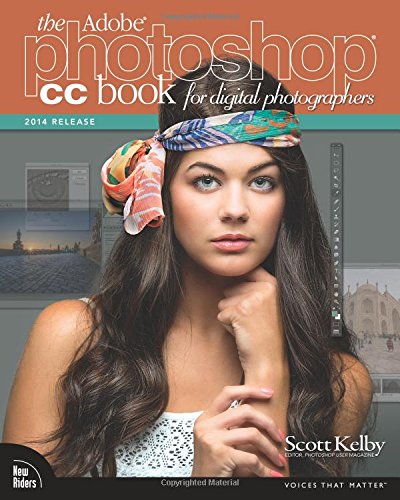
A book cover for The Adobe Photoshop CC Book for Digital Photographers (2014 release) (Voices That Matter); Scott Kelby; Arts & Photography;